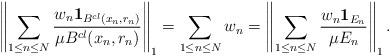
LaTeX: \begin{align*}\left\| \sum_{1 \le n \le N}\frac{w_n \mathbf{1}_{B^{cl}(x_{n}, r_{n})} }{\mu B^{cl}(x_{n}, r_{n})} \right\|_1=\sum_{1 \le n \le N} w_n=\left\| \sum_{1 \le n \le N}\frac{w_n \mathbf{1}_{ E_n } }{\mu E_n } \right\|_1.\end{align*}